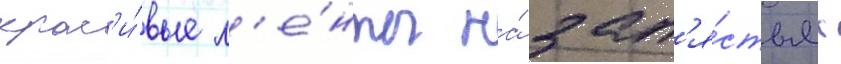
крас'и́вые л'е́нты на́ зап'я́стьях